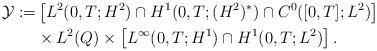
LaTeX: \begin{align*}\mathcal{Y} := & \left [ L^{2}(0,T;H^{2}) \cap H^{1}(0,T;(H^{2})^{*}) \cap C^{0}([0,T];L^{2}) \right ] \\& \times L^{2}(Q) \times \left [ L^{\infty}(0,T;H^{1}) \cap H^{1}(0,T;L^{2}) \right ].\end{align*}